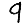
Digit: 9